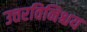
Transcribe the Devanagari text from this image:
उत्तरविनिश्चय